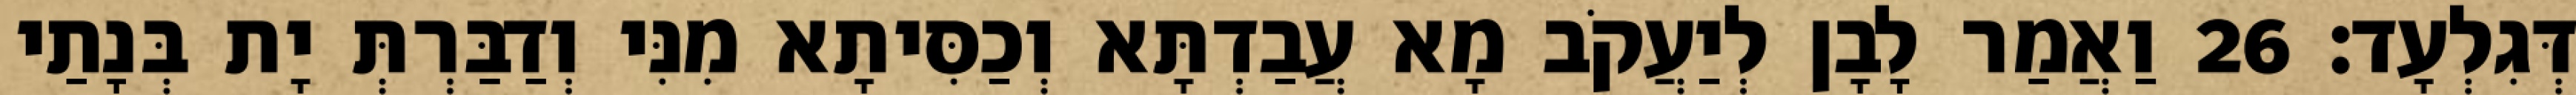
דְּגִלְעָד׃ 26 וַאֲמַר לָבָן לְיַעֲקֹב מָא עֲבַדְתָּא וְכַסִּיתָא מִנִּי וְדַבַּרְתְּ יָת בְּנָתַי